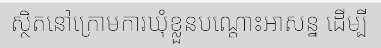
ស្ថិតនៅក្រោមការឃុំខ្លួនបណ្តោះអាសន្ន ដើម្បី